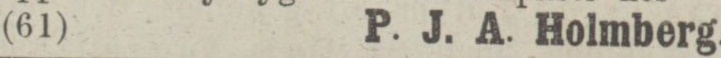
(65)    P. J. A. Holmberg.